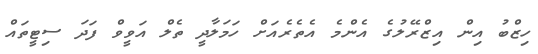
ހިޒްބު އިން އިޒްރޭލުގެ އެންމެ އެތެރެއަށް ހަމަލާދީ ތެލް އަވީވް ފަދަ ސިޓީތައް